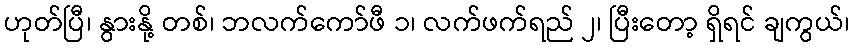
ဟုတ်ပြီ၊ နွားနို့ တစ်၊ ဘလက်ကော်ဖီ ၁၊ လက်ဖက်ရည် ၂၊ ပြီးတော့ ရှိရင် ချကွယ်၊